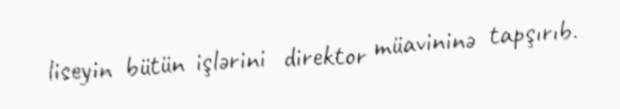
liseyin bütün işlərini direktor müavininə tapşırıb.